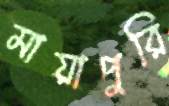
মায়াপুরি